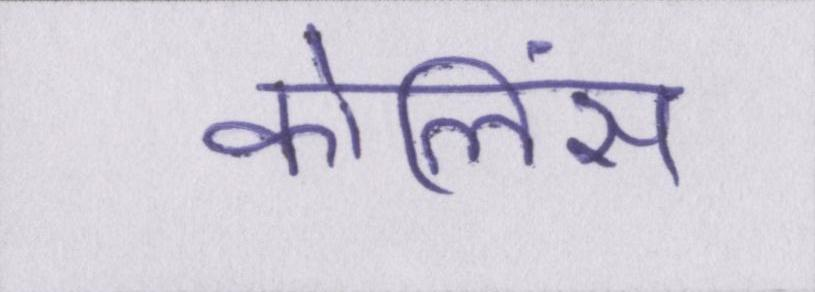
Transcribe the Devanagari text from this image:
कोलिंस